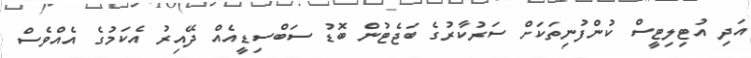
އަދި އުޓިލިޓީސް ކުންފުނިތަކަށް ސަރުކާރުގެ ބަޖެޓުން ބޮޑު ސަބްސިޑީއެއް ދޭއިރު އެކަމުގެ އެއްވެސް